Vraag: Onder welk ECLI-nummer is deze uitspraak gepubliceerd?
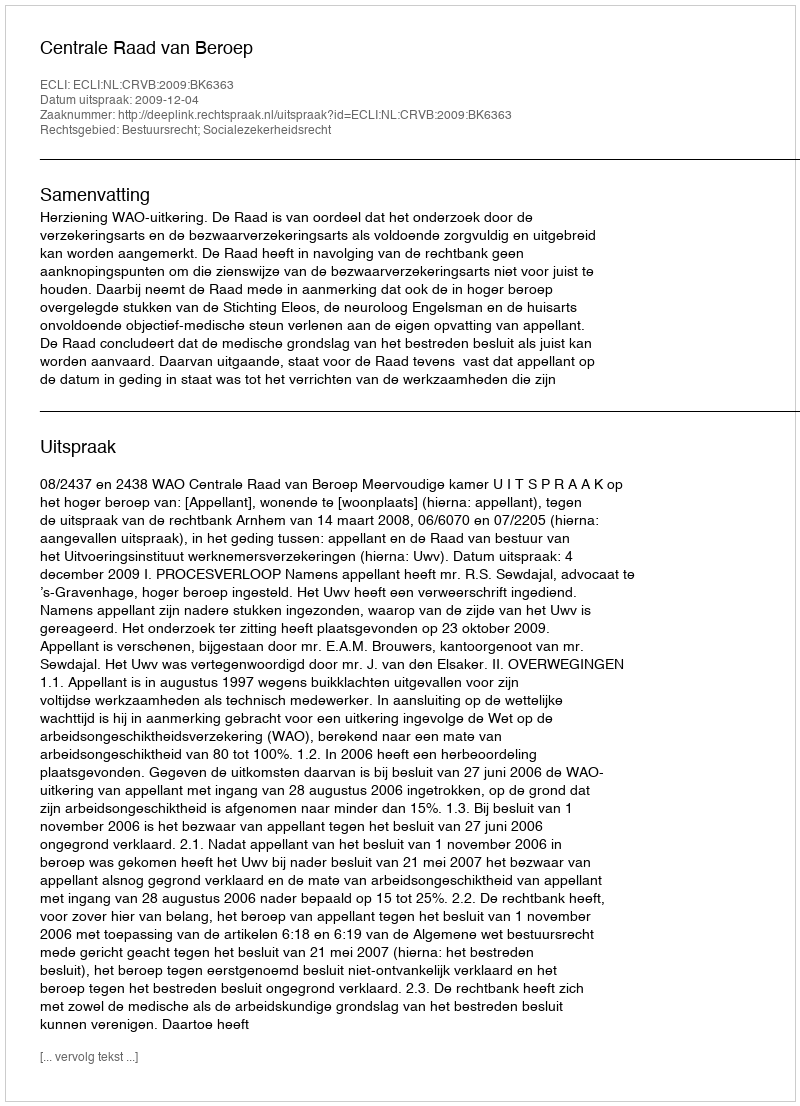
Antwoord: ECLI:NL:CRVB:2009:BK6363